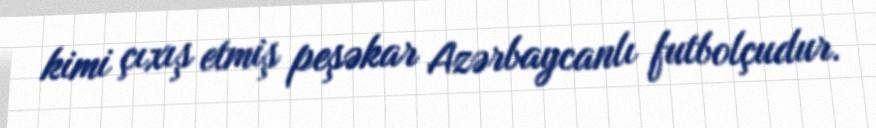
kimi çıxış etmiş peşəkar Azərbaycanlı futbolçudur.